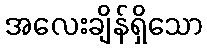
အလေးချိန်ရှိသော